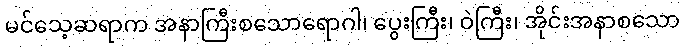
မင်သေ့ဆရာက အနာကြီးစသောရောဂါ၊ ပွေးကြီး၊ ဝဲကြီး၊ အိုင်းအနာစသော